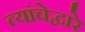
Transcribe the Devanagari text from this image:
त्यांचेद्वारे